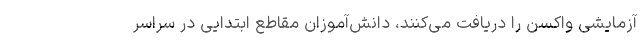
آزمایشی واکسن را دریافت می‌کنند، دانش‌آموزان مقاطع ابتدایی در سراسر